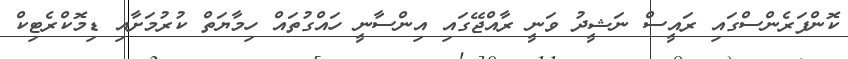
ކޮންފަރެންސްގައި ރައީސް ނަޝީދު ވަނީ ރާއްޖޭގައި އިންސާނީ ހައްގުތައް ހިމާޔަތް ކުރުމަށާއި ޑިމޮކްރެޓިކް